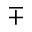
\mp